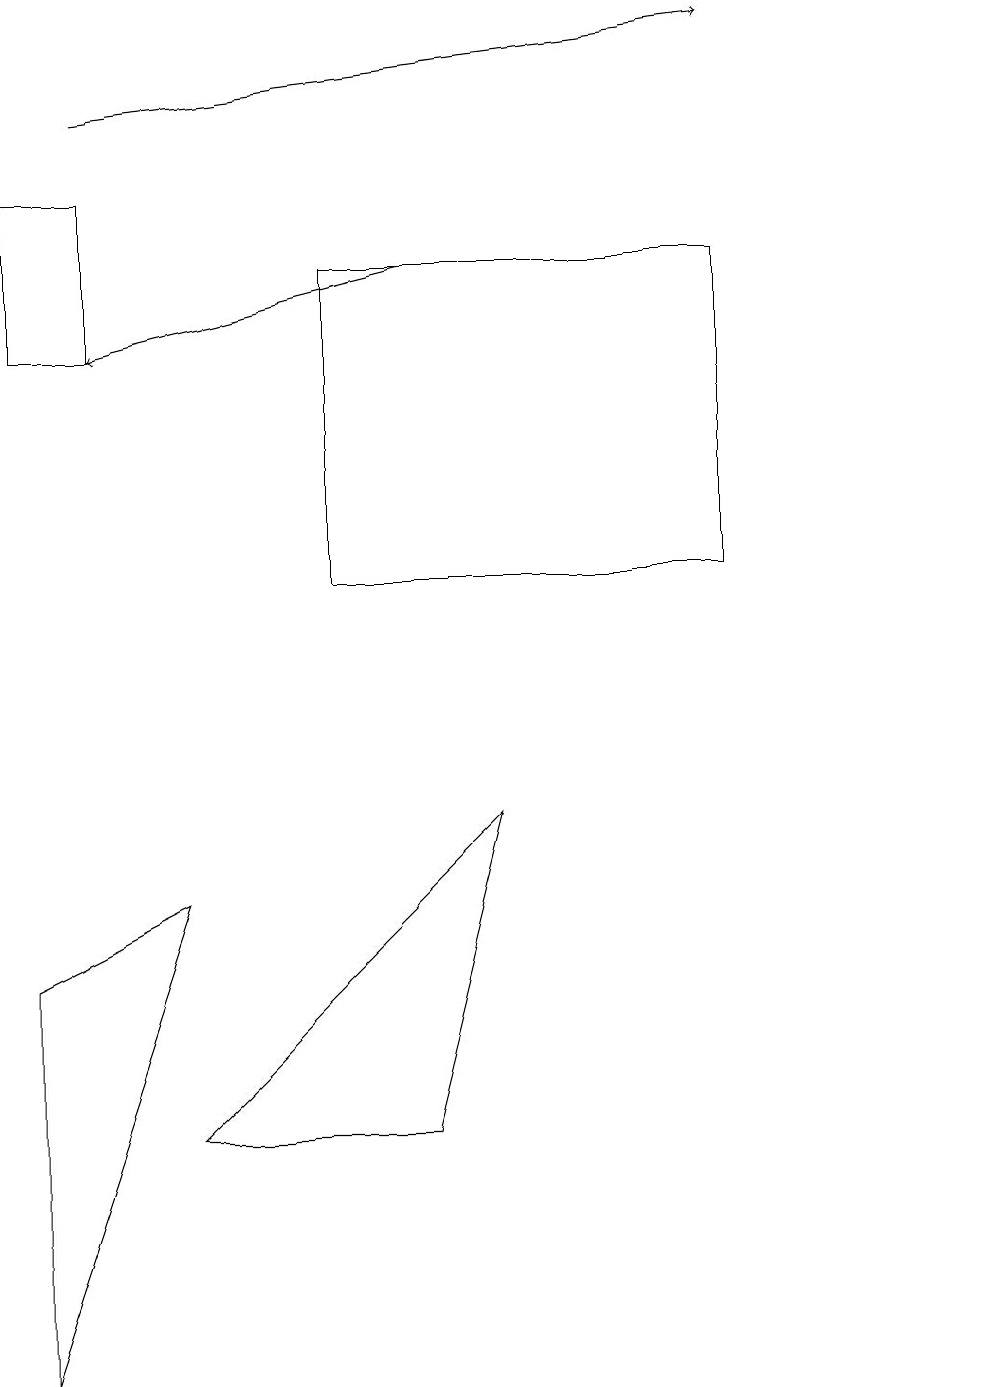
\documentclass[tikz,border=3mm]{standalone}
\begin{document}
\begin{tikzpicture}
\draw (6,8) -- (5,4) -- (2,4) -- cycle;
\draw (0,1) -- (0,6) -- (2,7) -- cycle;
\draw (1,16) rectangle (0,14);
\draw[->] (5,15) -- (1,14);
\draw[->] (1,17) -- (9,18);
\draw (4,15) rectangle (9,11);
\draw (12,11) circle (0);
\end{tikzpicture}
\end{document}